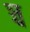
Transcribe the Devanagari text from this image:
ञ्च